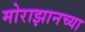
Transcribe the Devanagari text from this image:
मोराझानच्या